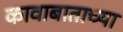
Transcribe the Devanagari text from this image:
कावाबाताच्या